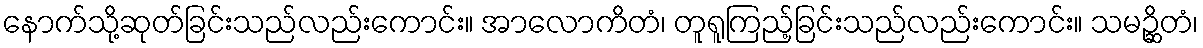
နောက်သို့ဆုတ်ခြင်းသည်လည်းကောင်း။ အာလောကိတံ၊ တူရူကြည့်ခြင်းသည်လည်းကောင်း။ သမဉ္ဆိတံ၊